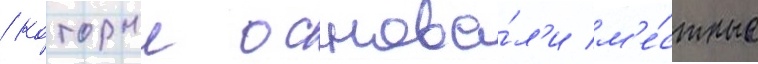
/ которыи основа́л'и м'е́стные